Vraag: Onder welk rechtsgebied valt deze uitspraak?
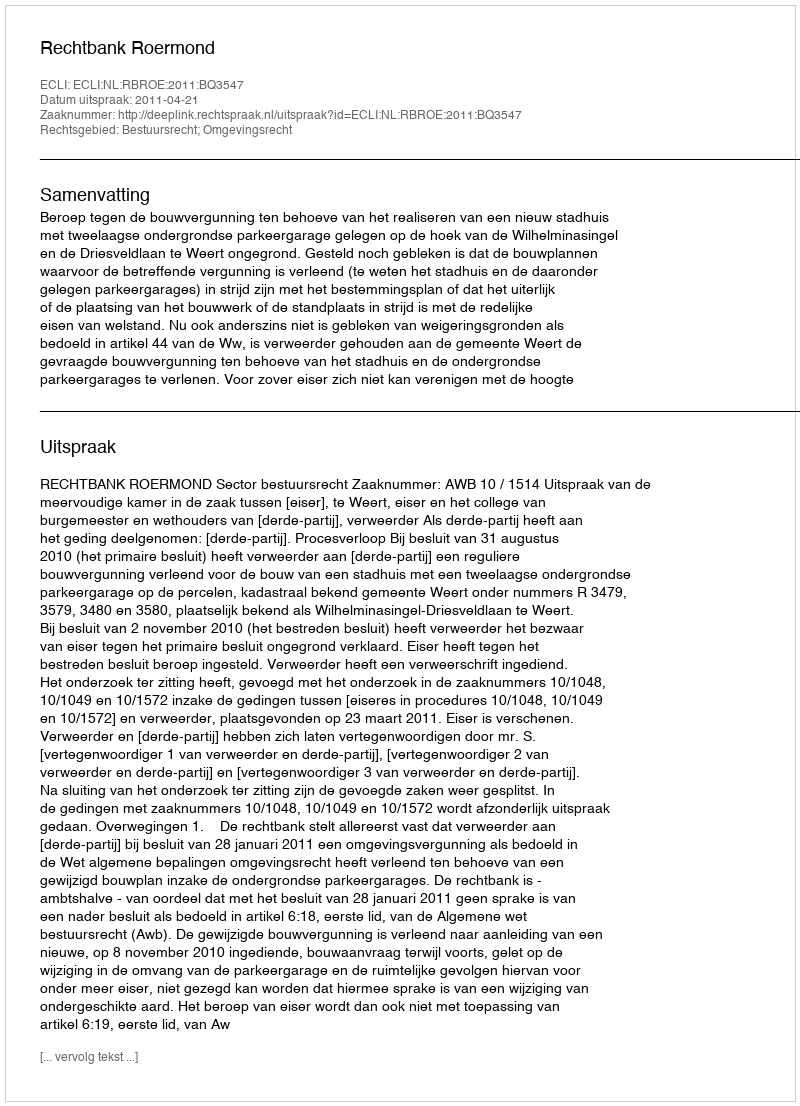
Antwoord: Bestuursrecht; Omgevingsrecht